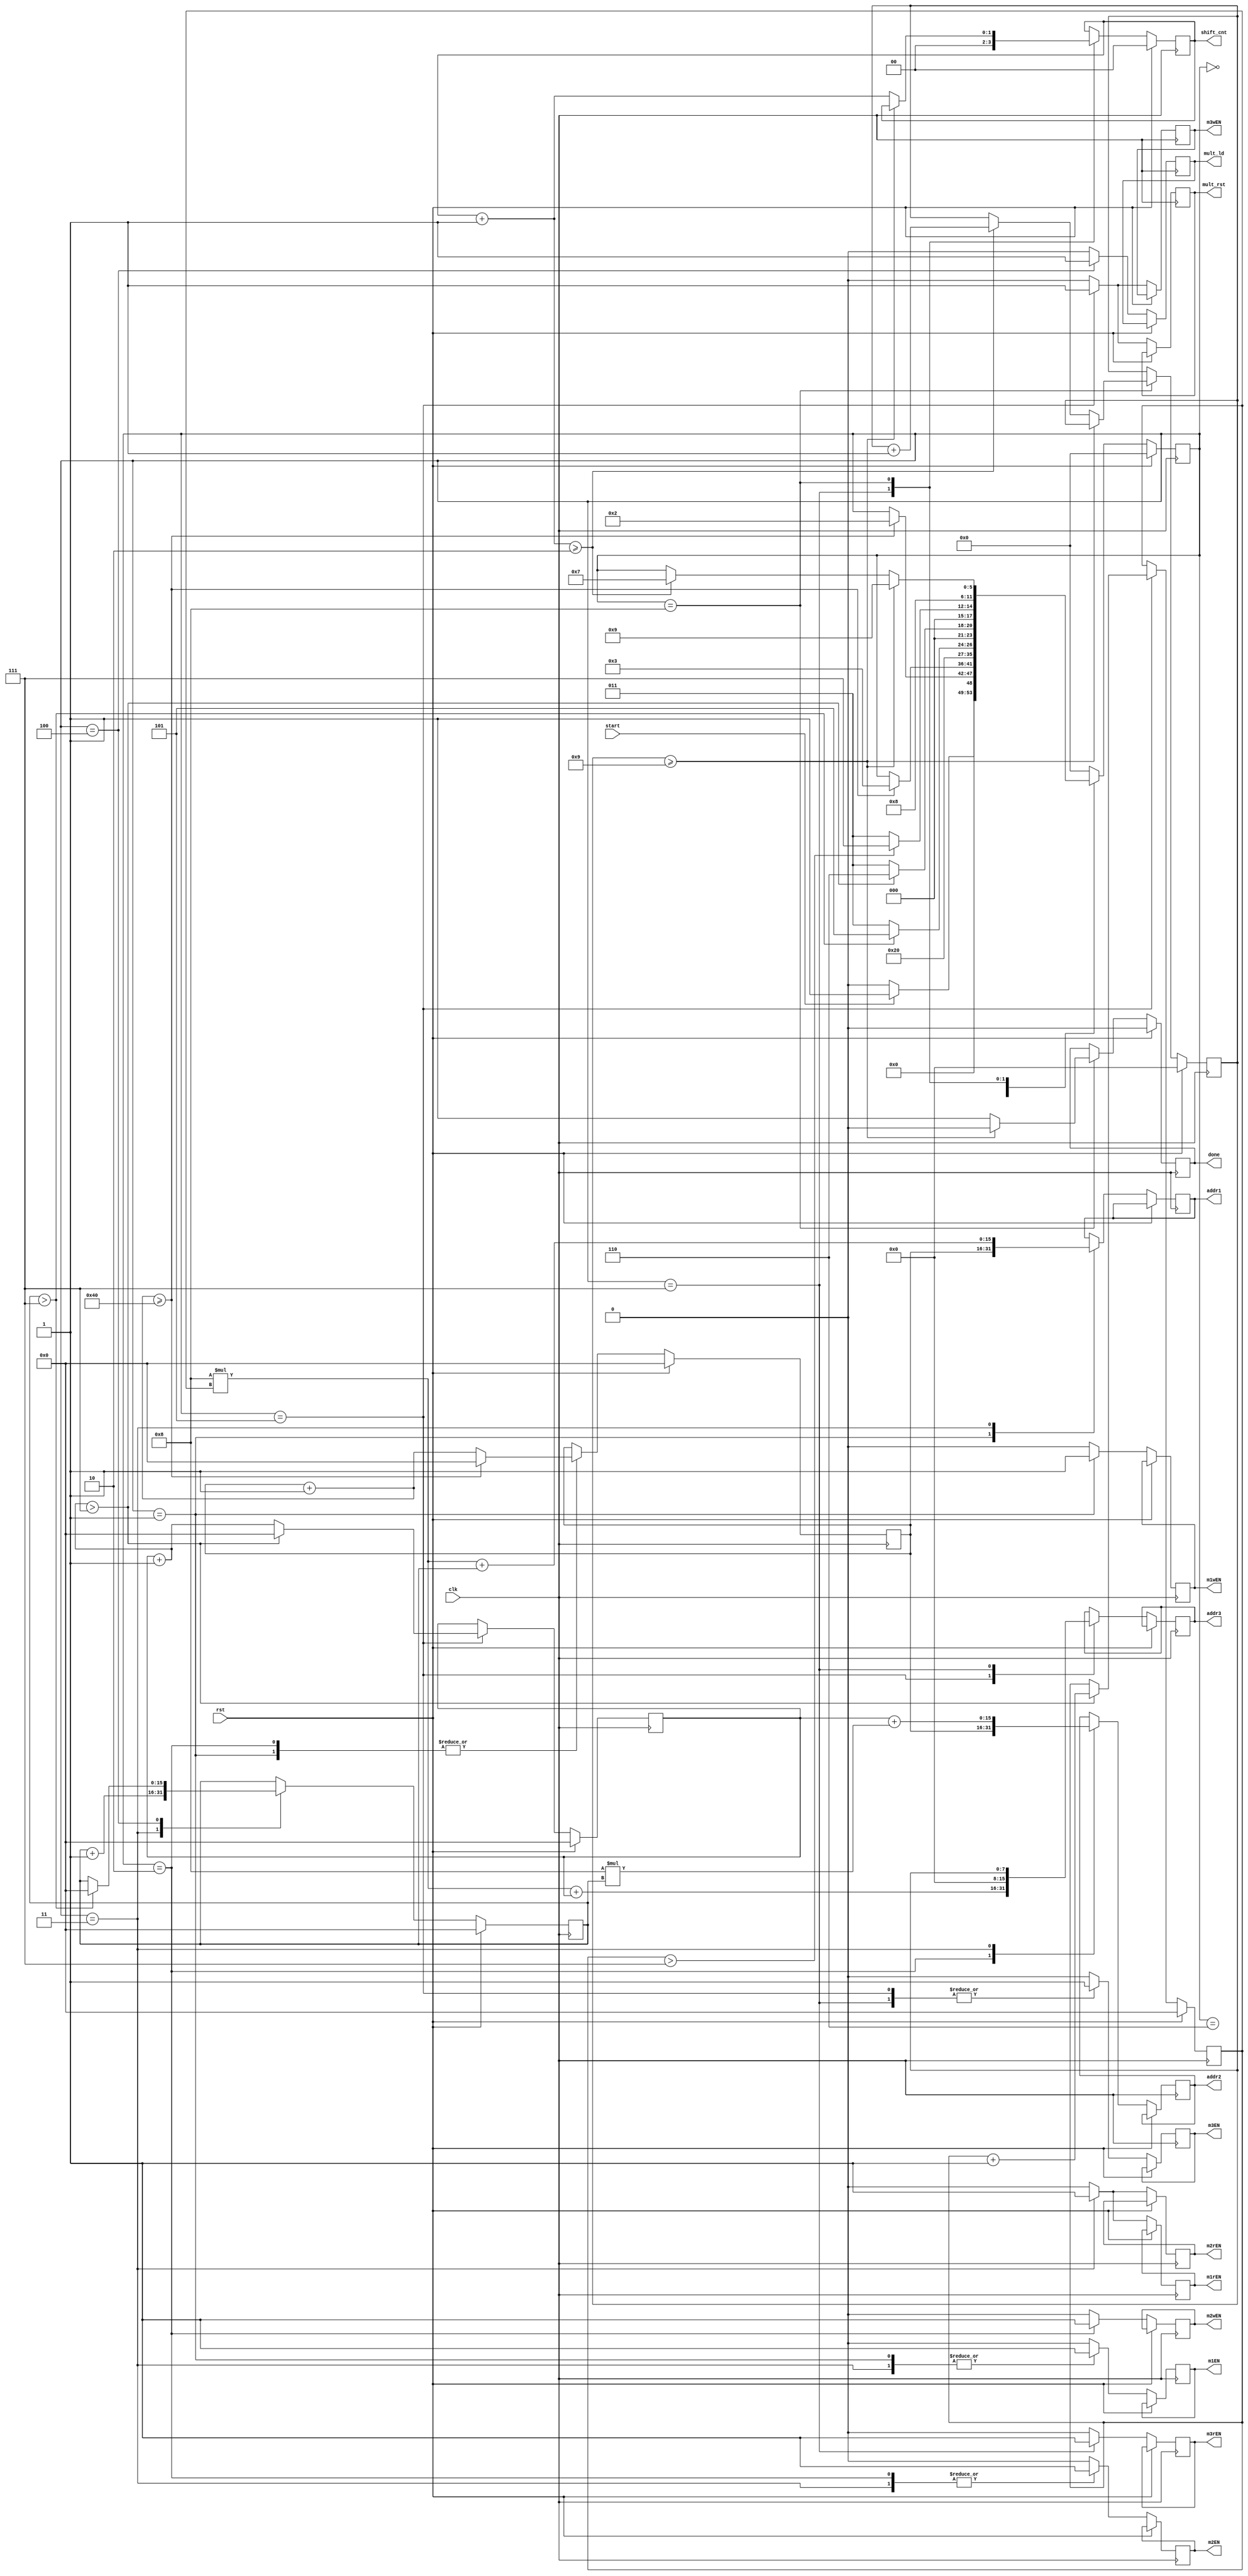
`timescale 1ns / 1ns
//////////////////////////////////////////////////////////////////////////////////
// Company: 
// Engineer: 
// 
// Design Name: 
// Module Name:    controller 
// Project Name: 
// Target Devices: 
// Tool versions: 
// Description: 
//
// Dependencies: 
//
// Revision: 
// Revision 0.01 - File Created
// Additional Comments: 
//
//////////////////////////////////////////////////////////////////////////////////
module controller #(parameter m = 8 , n = 8)(
		input start,
		input rst, clk,
		output reg m1EN, m2EN, m3EN, m1rEN, m2rEN, m3rEN, m1wEN, m2wEN, m3wEN,
		output reg mult_ld,
		output reg [1:0] shift_cnt,
		output reg mult_rst,
		output reg [(m + n)-1:0] addr1, addr2, addr3,
		output reg done
    );
	 (* FSM_ENCODING="SEQUENTIAL", SAFE_IMPLEMENTATION="NO" *)
	
	parameter sum_MN = m + n - 1;
	
	reg [5:0] ps;
	reg [sum_MN:0] readi;
	reg [sum_MN:0] i;
	reg [sum_MN:0] j;
	reg [sum_MN:0] k;
	reg [7:0] outi;
	
	
	always @(posedge clk) begin
		if(rst) begin
			ps = 6'd0;
			outi = 8'd0;
			done = 1'b0;
			shift_cnt = 2'd0;
			readi = {sum_MN{1'b0}}; // get data for first matrix and second matrix
			i = {sum_MN{1'b0}}; // index matrix 1
			j = {sum_MN{1'b0}}; // index matrix 3
			k = {sum_MN{1'b0}};
		end 
		else begin
			{m1EN, m2EN, m3EN, m1rEN, m2rEN, m3rEN, m1wEN, m2wEN, m3wEN, mult_ld, mult_rst}=11'b00000000000;
		
			case (ps)
				0: begin 
					ps = start ? 6'd1 : 6'd0;
				end
				
				1: begin 
					m1EN = 1'b1;
					m1wEN = 1'b1;
					addr1 = readi;
					readi = readi + 1; // I dont know it is true or not !!
					if(readi >= (m*n) ) begin
						ps = 6'd2;
						readi = 8'd0;
					end
				end
					
				2: begin 
					m2EN = 1'b1;
					m2wEN = 1'b1;
					addr2 = readi;
					readi = readi + 1; 	// I dont know it is true or not !!
					if(readi >= (m*n) ) begin
						ps = 6'd3;
						readi = 8'd0;
					end
				end
					
				3: begin
					addr1 = (n * i) + k;
					addr2 = j + (m * k);
					// addr1 = (m * i) + k;
					// addr2 = (n * k) + j;
					m1rEN = 1'b1;
					m2rEN = 1'b1;
					m1EN = 1'b1;
					m2EN = 1'b1;
					k = k + 1;
					ps = 6'd4;
				end
				
				4: begin
					mult_ld = 1'b1;
					if(k > n-1) begin
						ps = 6'd5;
						k = {sum_MN{1'd0}};
					end
					else begin
						ps = 6'd3;
					end
				end
					
				5: begin
					mult_rst = 1'b1;
					m3EN = 1;
					m3wEN = 1;
					addr3 = (m * i) + j;						
					j = j + 1;
					if(j > m-1) begin
						i = i + 1;
						ps = 6'd6;
						j = {sum_MN{1'd0}};
					end 
					else begin
						ps = 6'd3;
					end
				end
				
				6: begin
					if(i > m-1) begin
						ps = 6'd7;
					end
					else begin
						ps = 6'd3;
					end
				end
					
				7: begin
					shift_cnt = 0;
					addr3 = outi;
					m3EN = 1;
					m3rEN = 1;
					ps = 6'd8;		
				end
					
				8: begin
					if(outi >= 8'd9) begin
						done = 0;
						ps = 6'd9;
					end
					else begin
						done = 1;
						shift_cnt = shift_cnt + 1;
						if(shift_cnt >= 2'd2) begin
							outi = outi + 1;
							ps = 6'd7;
						end
					end
				end

				default ps=0;
			endcase
		end
	end
	

endmodule